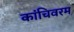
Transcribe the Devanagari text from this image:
कांचिवरम